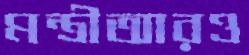
মন্ত্রীআরও